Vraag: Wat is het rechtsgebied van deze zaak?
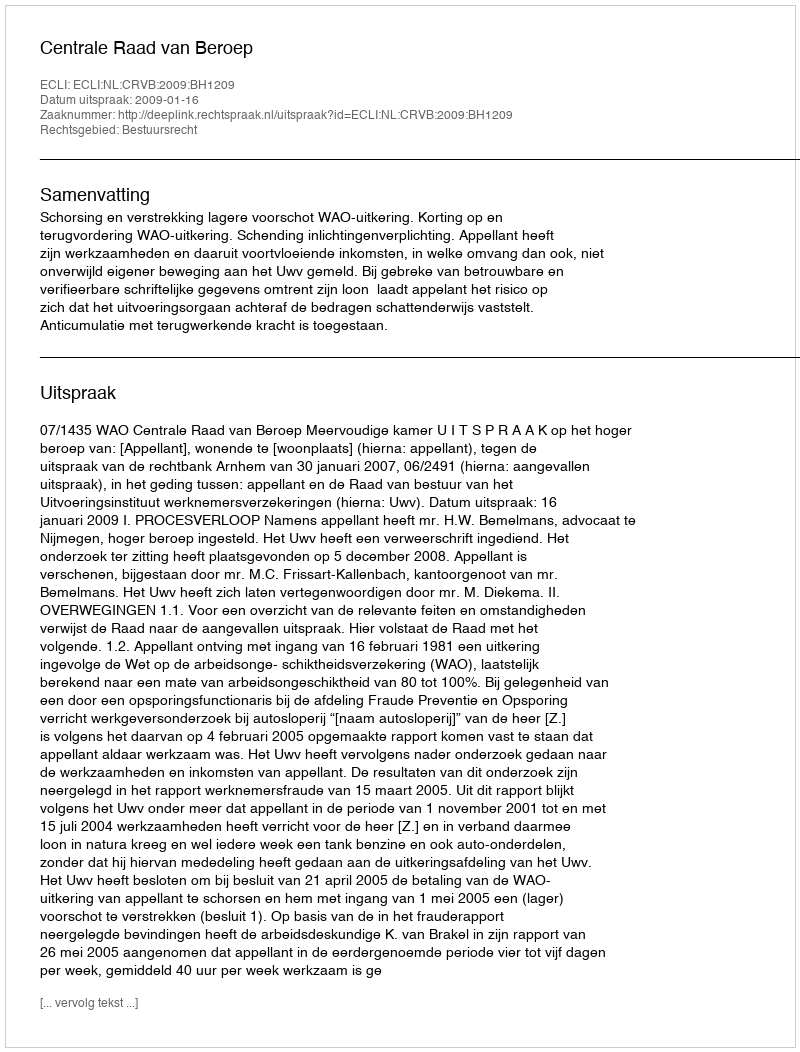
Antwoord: Bestuursrecht